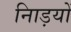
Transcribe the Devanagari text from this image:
नािड़यों